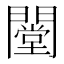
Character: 闛